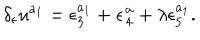
\delta _ { \epsilon } u ^ { a _ { 1 } } = \epsilon _ { 3 } ^ { a _ { 1 } } + \dot { \epsilon } _ { 4 } ^ { a } + \lambda \epsilon _ { 5 } ^ { a _ { 1 } } .